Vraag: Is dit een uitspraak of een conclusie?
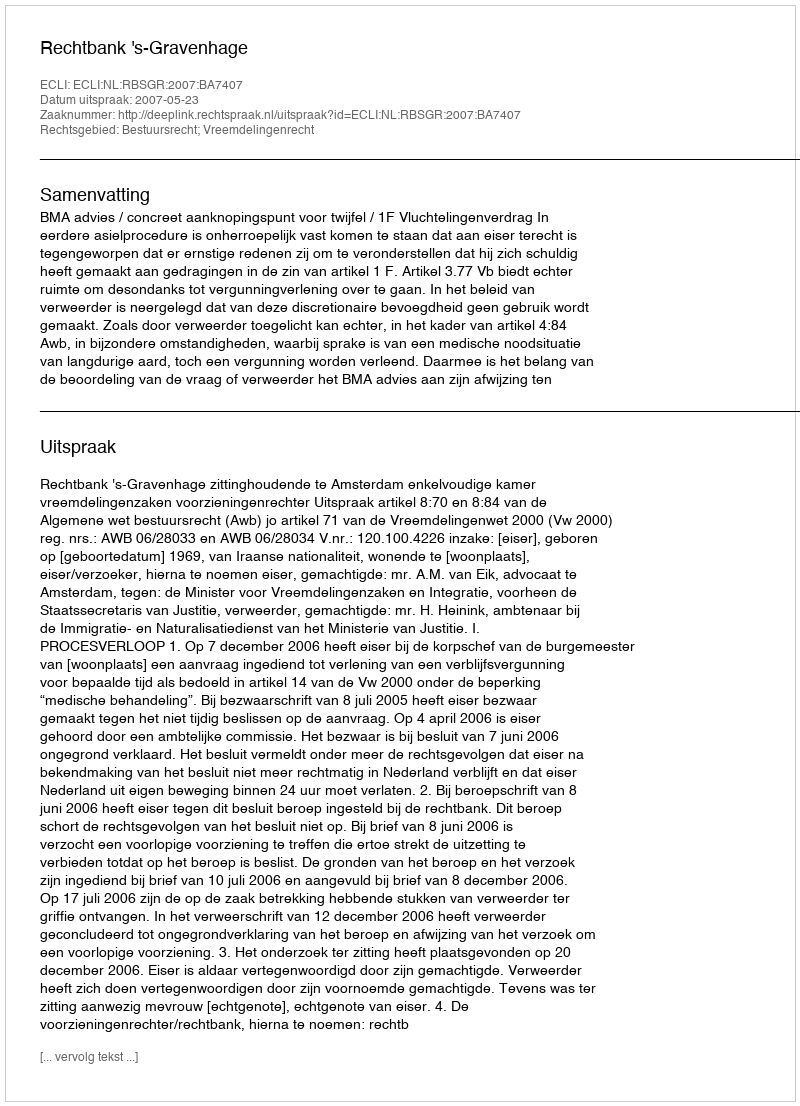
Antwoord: Uitspraak